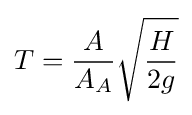
T={\frac {A}{A_{A}}}{\sqrt {\frac {H}{2g}}}